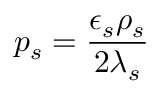
p _ { s } = \frac { \epsilon _ { s } \rho _ { s } } { 2 \lambda _ { s } }